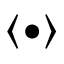
\langle \bullet \rangle